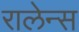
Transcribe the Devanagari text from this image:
रालेन्स